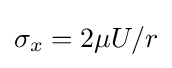
\sigma _{x}=2\mu U/r